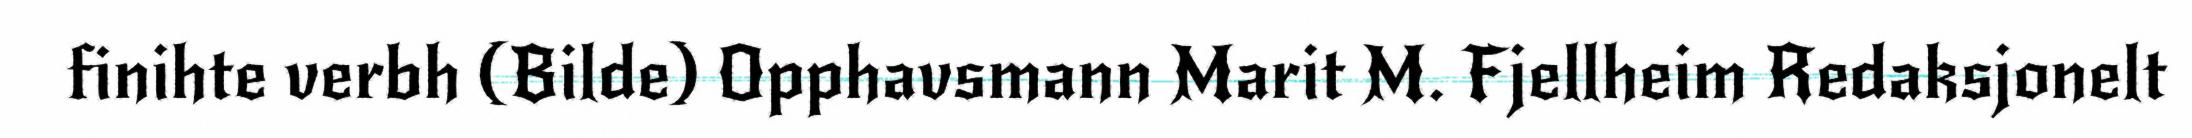
finihte verbh (Bilde) Opphavsmann Marit M. Fjellheim Redaksjonelt